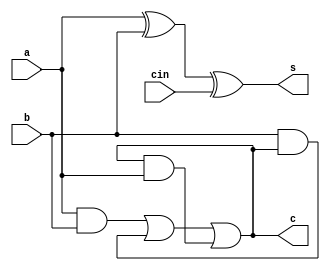
`timescale 1ns / 1ps
//////////////////////////////////////////////////////////////////////////////////
// Company: 
// Engineer: 
// 
// Design Name: 
// Module Name:    adder 
// Project Name: 
// Target Devices: 
// Tool versions: 
// Description: 
//
// Dependencies: 
//
// Revision: 
// Revision 0.01 - File Created
// Additional Comments: 
//
//////////////////////////////////////////////////////////////////////////////////
module adder(a,b,cin,s,c);
input a,b,cin;
output s,c;
assign s=a^b^cin;
assign c=(a&b)|(b&c)|(c&a);
endmodule